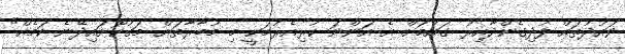
ވައުދުތައް ފުދިގެންދާއިރު ގައުމަށް އެ އަންނަ ކުރިއެރުމަކީ މި މުބާރާތަށް މަގުކޮށައިދޭނެ ކަމެއް"